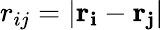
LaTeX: r_{ij}=|\mathbf{r_{i}}-\mathbf{r_{j}}|